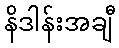
နိဒါန်းအချီ